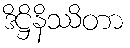
ဒိဋ္ဌိနိဿိတာ